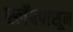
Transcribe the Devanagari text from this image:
स्लॅबपासून